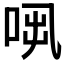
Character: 𠱨